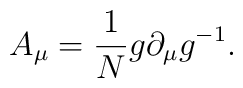
A_{\mu}=\frac{1}{N} g \partial_{\mu} g^{-1}.